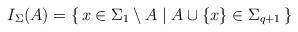
LaTeX: \begin{align*}I_\Sigma(A)=\{\,x\in\Sigma_1\setminus A\mid A\cup\{x\}\in\Sigma_{q+1}\,\}\end{align*}